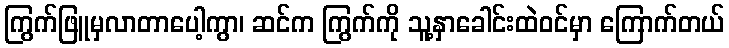
ကြွက်ဖြူမှလာတာပေါ့ကွာ၊ ဆင်က ကြွက်ကို သူ့နှာခေါင်းထဲဝင်မှာ ကြောက်တယ်